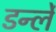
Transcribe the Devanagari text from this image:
डर्न्ले